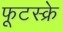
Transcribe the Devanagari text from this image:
फूटस्क्रे